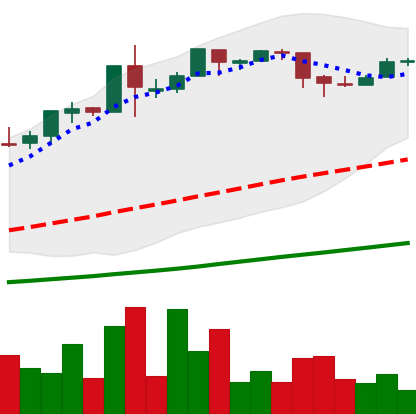
Ticker: BTC-USD
Chart end date: 2015-12-25
Forward return: -6.372%
Label: down_5_7